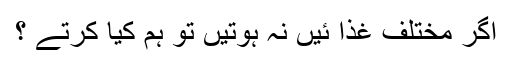
اگر مختلف غذا ئیں نہ ہوتیں تو ہم کیا کرتے ؟